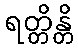
ရတ္တိန္တိ